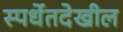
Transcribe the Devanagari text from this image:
स्पर्धेतदेखील